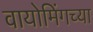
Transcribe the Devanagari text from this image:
वायोमिंगच्या